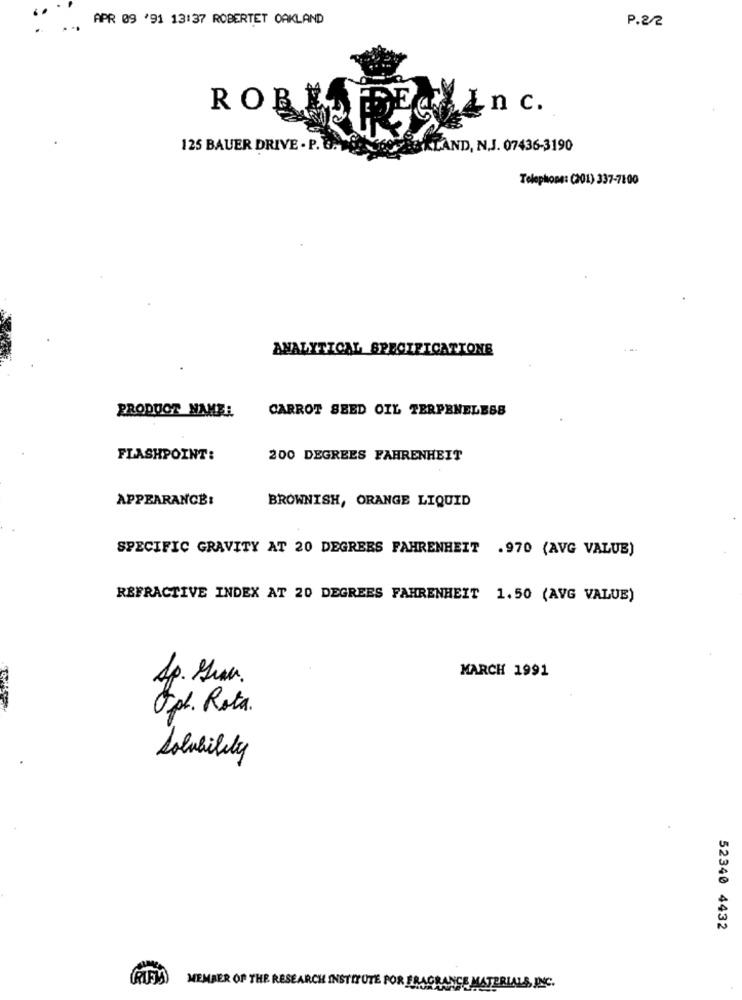
APR 09 '91 13:37 ROBERTET OAKLAND
P.2/2
In c.
ROBKARE
125 BAUER DRIVE . P. U.D.
IRLAND, N.J. 07436-3190
Telephone: (201) 337-7100
ANALYTICAL SPECIFICATIONS
PRODUCT NAME:
CARROT SEED OIL TERPENELESB
FLASHPOINT:
200 DEGREES FAHRENHEIT
APPEARANCE:
BROWNISH, ORANGE LIQUID
SPECIFIC GRAVITY AT 20 DEGREES FAHRENHEIT .970 (AVG VALUE)
REFRACTIVE INDEX AT 20 DEGREES FAHRENHEIT 1.50 (AVG VALUE)
MARCH 1991
Sp. Hun.
Opt. Rota.
Solubility
52340 4432
MEMBER OF THE RESEARCH INSTITUTE POR FRAGRANCE
MATE